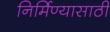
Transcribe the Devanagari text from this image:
निर्मिण्यासाठी